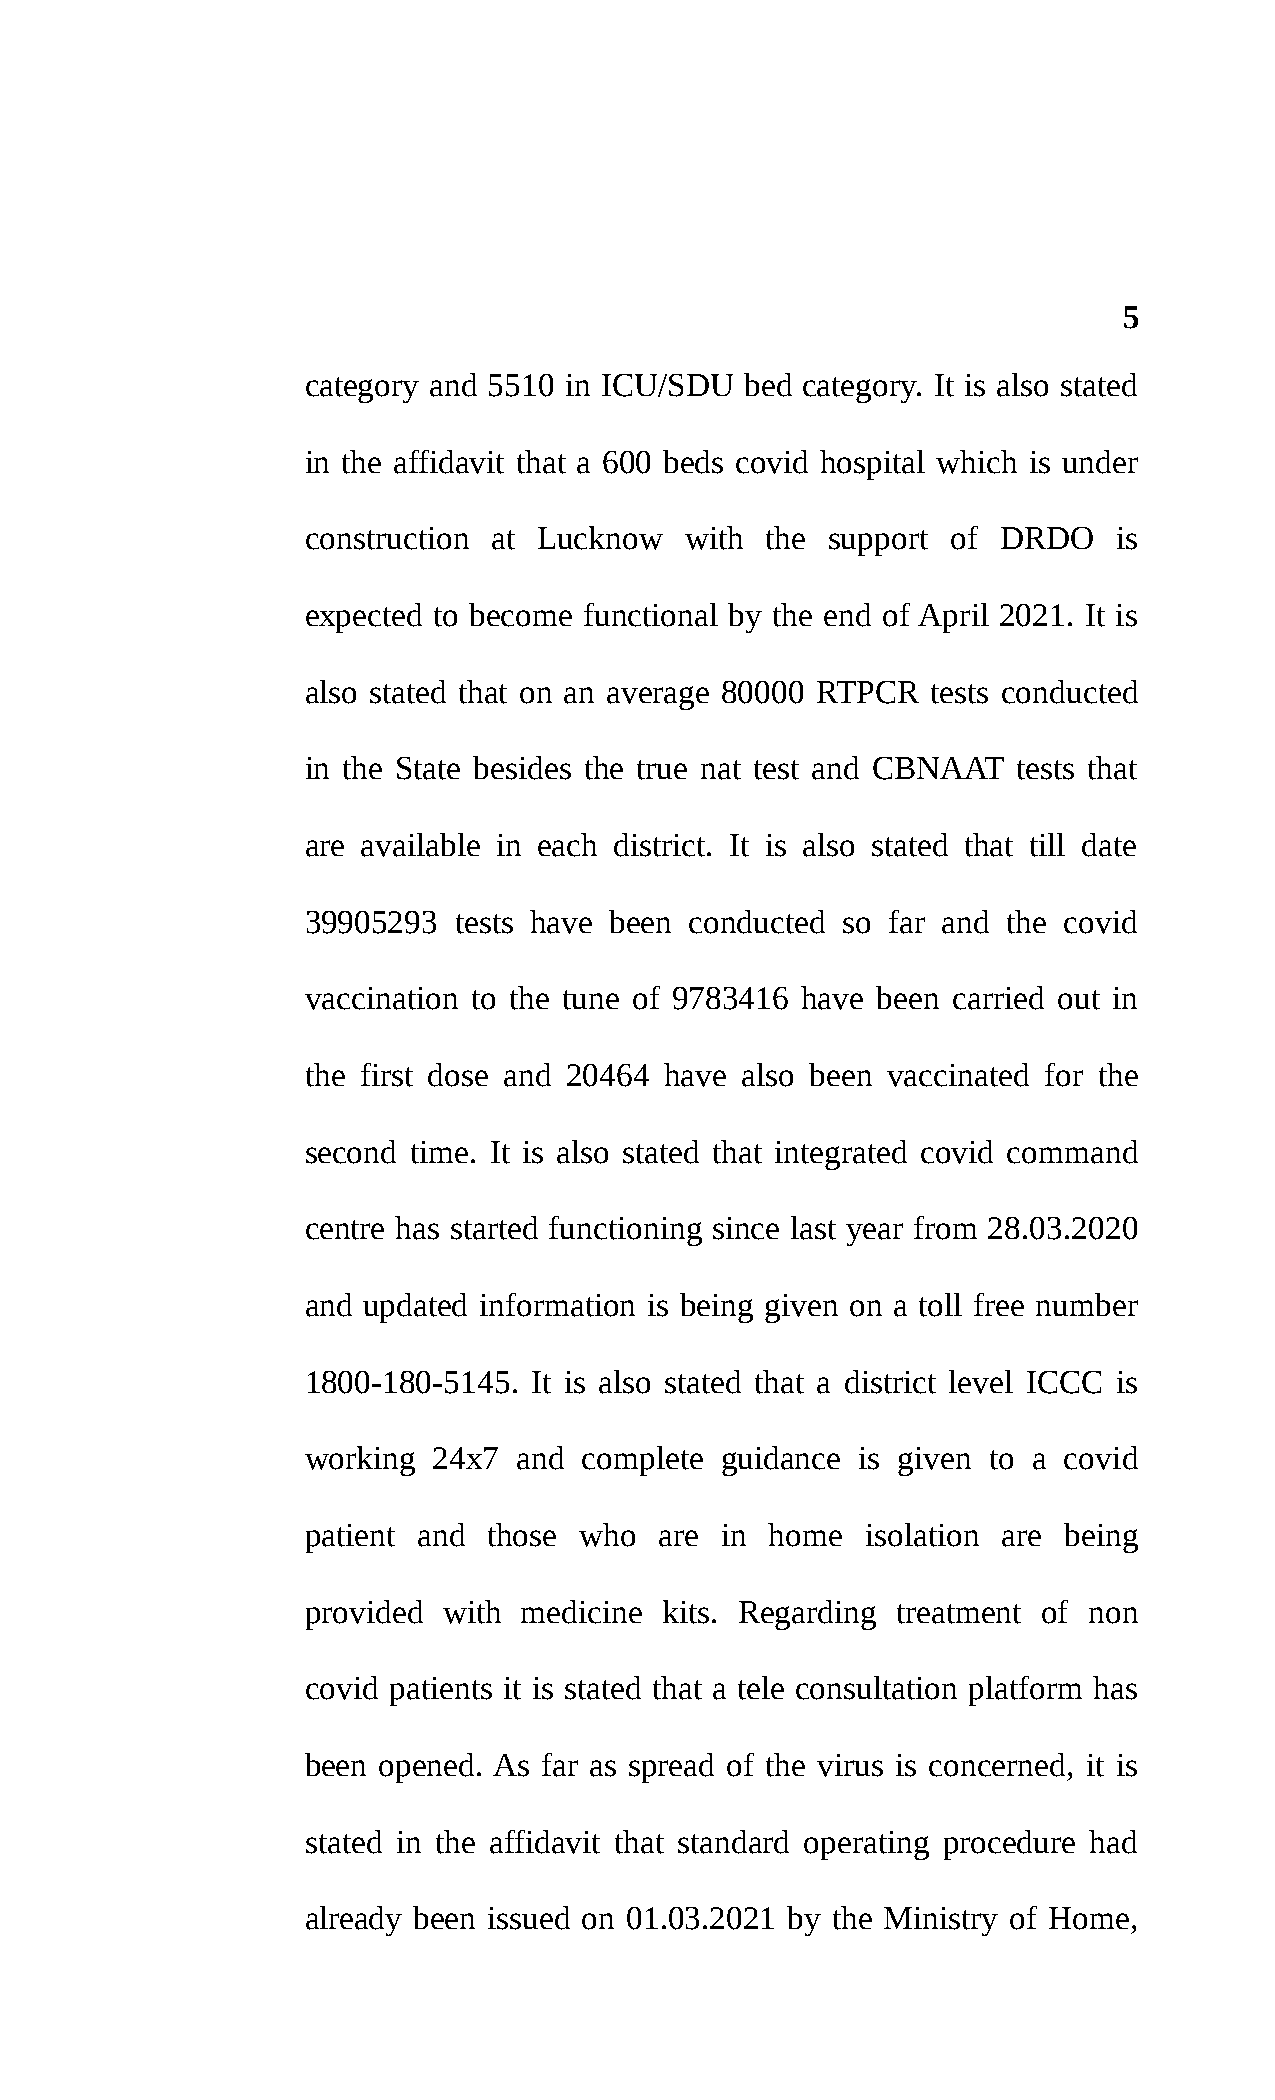
5
 category and 5510 in ICU/SDU bed category. It is also stated
 in the affidavit that a 600 beds covid hospital which is under
 construction at Lucknow  with  the support of DRDO    is
 expected to become functional by the end of April 2021. It is
 also stated that on an average 80000 RTPCR tests conducted
 in the State besides the true nat test and CBNAAT tests that
 are available in each district. It is also stated that till date
 39905293  tests have been conducted so far and the covid
 vaccination to the tune of 9783416 have been carried out in
 the first dose and 20464 have also been vaccinated for the
 second time. It is also stated that integrated covid command
 centre has started functioning since last year from 28.03.2020
 and updated information is being given on a toll free number
 1800-180-5145. It is also stated that a district level ICCC is
 working  24x7 and  complete guidance is given to a covid
 patient and those who   are in home  isolation are being
 provided with  medicine kits. Regarding treatment of non
 covid patients it is stated that a tele consultation platform has
 been opened. As far as spread of the virus is concerned, it is
 stated in the affidavit that standard operating procedure had
 already been issued on 01.03.2021 by the Ministry of Home,